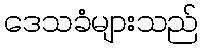
ဒေသခံများသည်